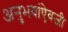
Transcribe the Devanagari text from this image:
अनुभवांऐवजी